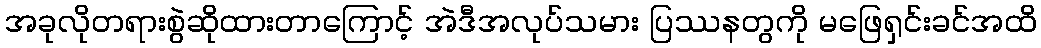
အခုလိုတရားစွဲဆိုထားတာကြောင့် အဲဒီအလုပ်သမား ပြဿနတွကို မဖြေရှင်းခင်အထိ